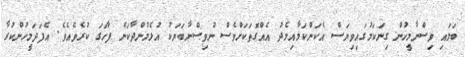
ބަލައި ވިސްނާމީހުން ގިނަކަމުގައިވިޔަސް އެކަންކަމާއިމެދު އެއްގޮތަކަށްވެސް ނުވިސްނާބަޔަކު އުޅެމުންދާކަން ފާހަގަ ކުރެވެއެވެ. އެފަދަމީހުންކުރާ